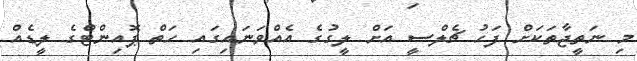
މި ނަތީޖާތަކަށް ފަހު ޗެލްސީ އަށް ލީގުގެ އެއްވަނައިގައި ހަތް ޕޮއިންޓްގެ ލީޑެއް